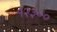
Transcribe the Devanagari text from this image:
१२३००